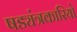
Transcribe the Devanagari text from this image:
षड्यंत्रकारियो